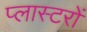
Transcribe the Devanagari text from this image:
प्लास्टरों